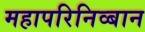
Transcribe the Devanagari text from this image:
महापरिनिव्बान